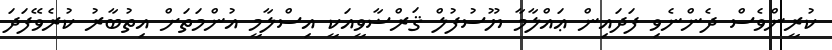
ކުރީންވެސް ދެންނެވި ފަދައިން ޢައްލާމާ ޔޫސުފުލް ޤަރްޟާވީއަކީ އިސްލާމީ އުންމަތަށް އިތުބާރު ކުރެވޭފަދަ